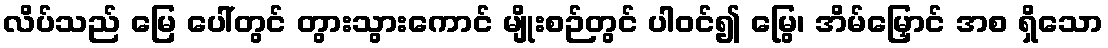
လိပ်သည် မြေ ပေါ်တွင် တွားသွားကောင် မျိုးစဉ်တွင် ပါဝင်၍ မြွေ၊ အိမ်မြှောင် အစ ရှိသော